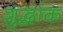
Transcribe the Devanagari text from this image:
शुद्धांक